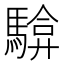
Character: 𮪓